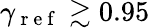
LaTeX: \gamma_{\mathrm{~r~e~f~}}\gtrsim 0.95